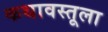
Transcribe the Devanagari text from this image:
कथावस्तूला